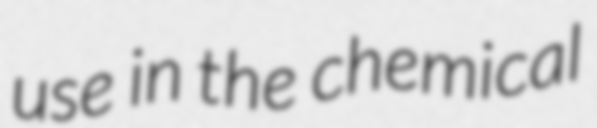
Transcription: use in the chemical